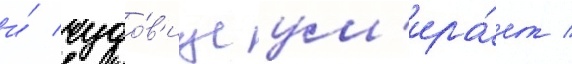
и́ чудо́в'ище ум'ира́ет /